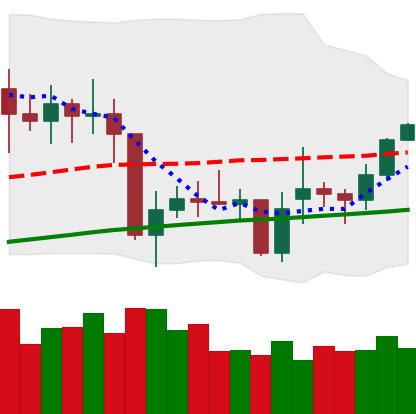
Ticker: XMR-USD
Chart end date: 2021-02-03
Forward return: 5.02%
Label: up_5_7